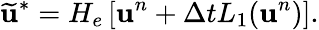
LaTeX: \widetilde{\mathbf{u}}^{*}=H_{e}\left[\mathbf{u}^{n}+\Delta tL_{1}(\mathbf{u}^{n})\right].